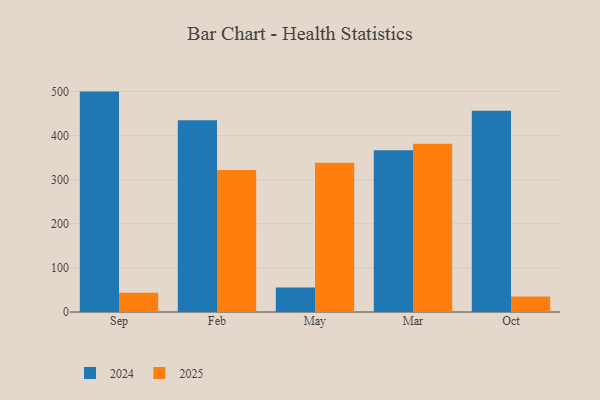
{"axis": {"x": "Month", "y": "Temperature (°C)"}, "legend": ["2024", "2025"], "data": [{"x": "Sep", "y": 43.6, "type": "2025"}, {"x": "Sep", "y": 499.7, "type": "2024"}, {"x": "Feb", "y": 322.2, "type": "2025"}, {"x": "Feb", "y": 434.8, "type": "2024"}, {"x": "May", "y": 338.4, "type": "2025"}, {"x": "May", "y": 55.4, "type": "2024"}, {"x": "Mar", "y": 381.4, "type": "2025"}, {"x": "Mar", "y": 366.6, "type": "2024"}, {"x": "Oct", "y": 34.9, "type": "2025"}, {"x": "Oct", "y": 456.2, "type": "2024"}]}